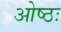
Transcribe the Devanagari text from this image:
ओष्ठः